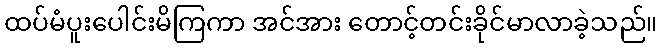
ထပ်မံပူးပေါင်းမိကြကာ အင်အား တောင့်တင်းခိုင်မာလာခဲ့သည်။